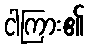
ငါကြား၏